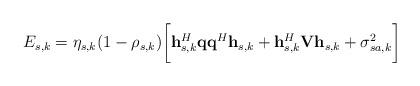
LaTeX: \begin{align*}E_{s,k}=\eta_{s,k}(1-\rho_{s,k})\bigg[\mathbf{h}_{s,k}^{H}\mathbf{q}\mathbf{q}^{H}\mathbf{h}_{s,k}+\mathbf{h}_{s,k}^{H}\mathbf{V}\mathbf{h}_{s,k}+\sigma_{sa,k}^{2}\bigg]\end{align*}